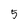
Character: 5